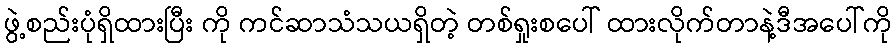
ဖွဲ့စည်းပုံရှိထားပြီး ကို ကင်ဆာသံသယရှိတဲ့ တစ်ရှုးစပေါ် ထားလိုက်တာနဲ့ဒီအပေါ်ကို